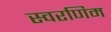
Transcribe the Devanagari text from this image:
स्वरणिम